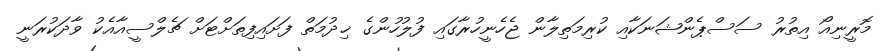
މޮރީނިއޯ އިތުރު ސަސްޕެންޝަނަކާއި ކުރިމަތިލާން ޖެހެނީހުރާގައި ފުލުހުންގެ ޚިދުމަތް ފަށައިފިތަށްޓަށް ޗެލްސީއާއެކު ވާދަކުރަނީ